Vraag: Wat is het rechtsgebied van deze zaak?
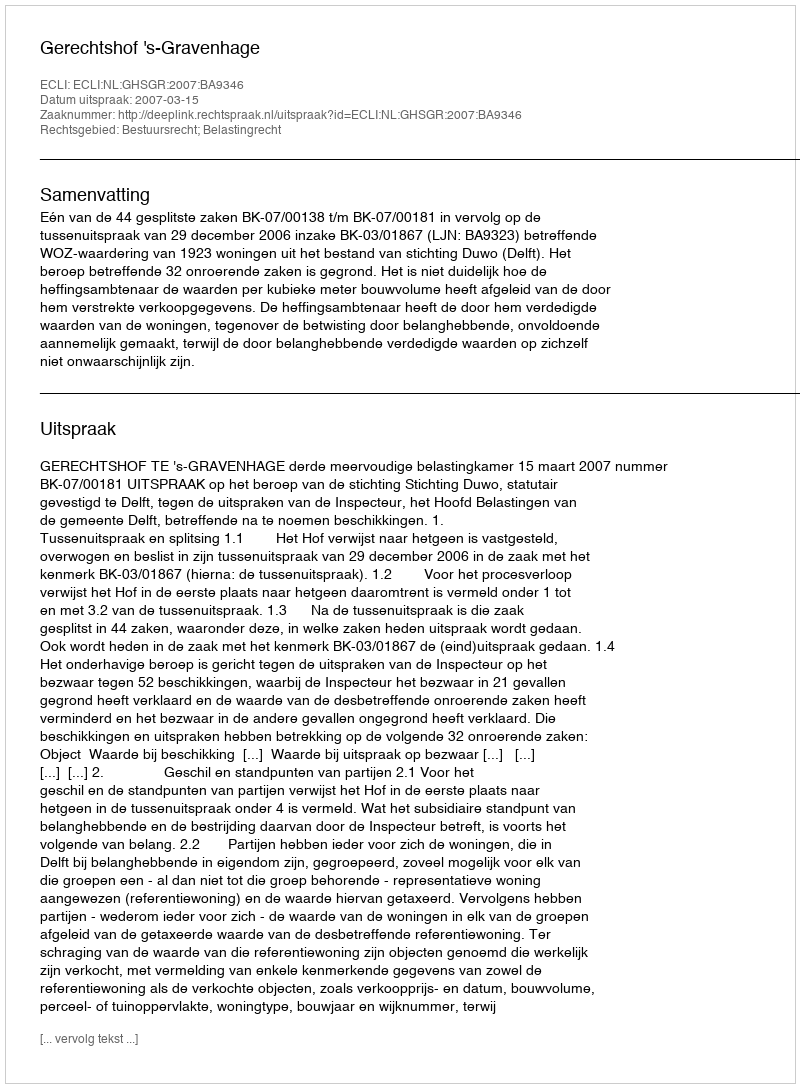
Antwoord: Bestuursrecht; Belastingrecht